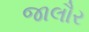
જાલૌર